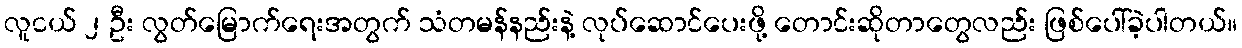
လူငယ် ၂ ဦး လွတ်မြောက်ရေးအတွက် သံတမန်နည်းနဲ့ လုပ်ဆောင်ပေးဖို့ တောင်းဆိုတာတွေလည်း ဖြစ်ပေါ်ခဲ့ပါတယ်။